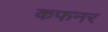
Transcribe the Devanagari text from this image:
कफनर